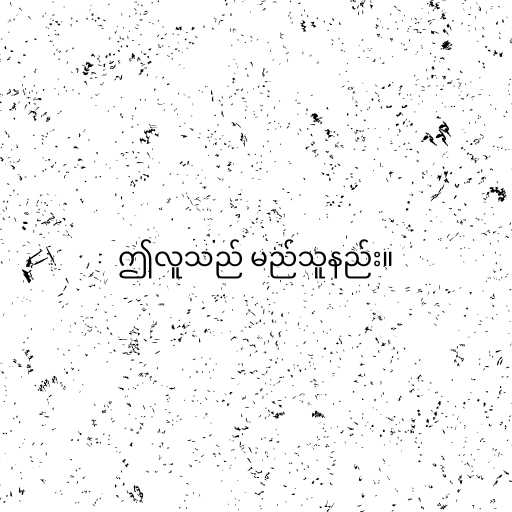
ဤလူသည် မည်သူနည်း။